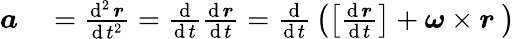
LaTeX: \begin{array}{rl}{{\boldsymbol{a}}}&{{}={\frac{\operatorname{d}^{2}{\boldsymbol{r}}}{\operatorname{d}t^{2}}}={\frac{\operatorname{d}}{\operatorname{d}t}}{\frac{\operatorname{d}{\boldsymbol{r}}}{\operatorname{d}t}}={\frac{\operatorname{d}}{\operatorname{d}t}}\left(\left[{\frac{\operatorname{d}{\boldsymbol{r}}}{\operatorname{d}t}}\right]+{\boldsymbol{\omega}}\times{\boldsymbol{r}}\ \right)}\end{array}